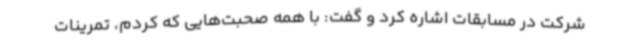
شرکت در مسابقات اشاره کرد و گفت: با همه صحبت‌هایی که کردم، تمرینات